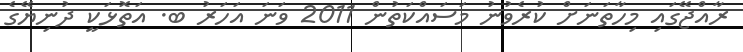
ރާއްޖޭގައި މިހާތަނަށް ކުރެވުނު މަސައްކަތުން 2011 ވަނަ އަހަރު ބ. އަތޮޅަކީ ދުނިޔޭގެ